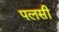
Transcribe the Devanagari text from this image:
पलसी